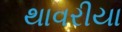
થાવરીયા